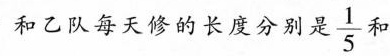
和乙队每天修的长度分别是\frac{1}{5}和